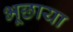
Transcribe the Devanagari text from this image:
भूछाया